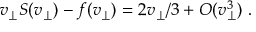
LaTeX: v _ { \perp } S ( v _ { \perp } ) - f ( v _ { \perp } ) = 2 v _ { \perp } / 3 + O ( v _ { \perp } ^ { 3 } ) \ .